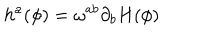
h ^ { a } ( \phi ) = \omega ^ { a b } \partial _ { b } H ( \phi )